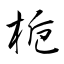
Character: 梔